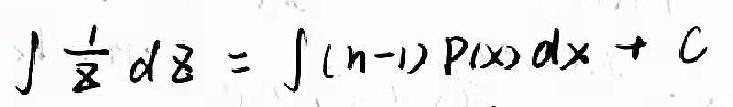
\(\int \frac{1}{z} dz = \int (n - 1)P(x)dx + C\)